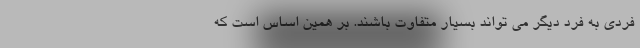
فردی به فرد دیگر می تواند بسیار متفاوت باشند. بر همین اساس است که